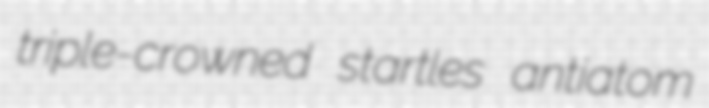
triple-crowned startles antiatom